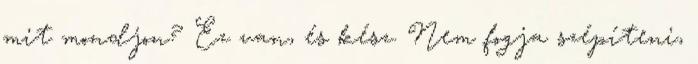
mit mondjon? Ez van, és kész. Nem fogja szépíteni,